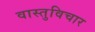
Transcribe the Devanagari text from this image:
वास्तुविचार